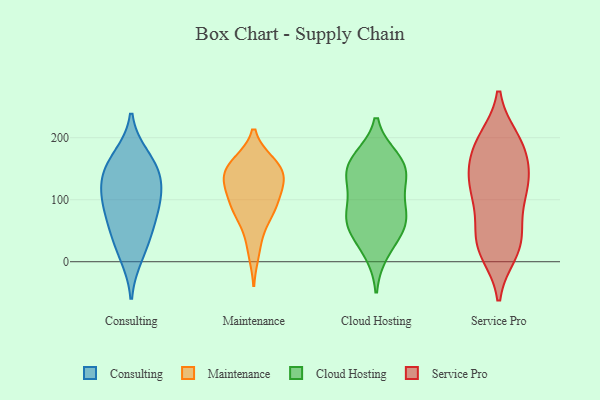
{"axis": {"x": "Market Share (%)", "y": "Value"}, "legend": ["Cloud Hosting", "Consulting", "Maintenance", "Service Pro"], "data": [{"x": "", "y": 141, "type": "Consulting"}, {"x": "", "y": 169, "type": "Consulting"}, {"x": "", "y": 84, "type": "Consulting"}, {"x": "", "y": 132, "type": "Consulting"}, {"x": "", "y": 38, "type": "Consulting"}, {"x": "", "y": 10, "type": "Consulting"}, {"x": "", "y": 59, "type": "Consulting"}, {"x": "", "y": 107, "type": "Consulting"}, {"x": "", "y": 156, "type": "Consulting"}, {"x": "", "y": 97, "type": "Consulting"}, {"x": "", "y": 156, "type": "Maintenance"}, {"x": "", "y": 14, "type": "Maintenance"}, {"x": "", "y": 88, "type": "Maintenance"}, {"x": "", "y": 48, "type": "Maintenance"}, {"x": "", "y": 160, "type": "Maintenance"}, {"x": "", "y": 87, "type": "Maintenance"}, {"x": "", "y": 153, "type": "Maintenance"}, {"x": "", "y": 127, "type": "Maintenance"}, {"x": "", "y": 128, "type": "Maintenance"}, {"x": "", "y": 138, "type": "Maintenance"}, {"x": "", "y": 116, "type": "Maintenance"}, {"x": "", "y": 129, "type": "Maintenance"}, {"x": "", "y": 82, "type": "Maintenance"}, {"x": "", "y": 85, "type": "Maintenance"}, {"x": "", "y": 159, "type": "Maintenance"}, {"x": "", "y": 17, "type": "Cloud Hosting"}, {"x": "", "y": 50, "type": "Cloud Hosting"}, {"x": "", "y": 72, "type": "Cloud Hosting"}, {"x": "", "y": 154, "type": "Cloud Hosting"}, {"x": "", "y": 70, "type": "Cloud Hosting"}, {"x": "", "y": 131, "type": "Cloud Hosting"}, {"x": "", "y": 165, "type": "Cloud Hosting"}, {"x": "", "y": 158, "type": "Cloud Hosting"}, {"x": "", "y": 61, "type": "Cloud Hosting"}, {"x": "", "y": 140, "type": "Cloud Hosting"}, {"x": "", "y": 95, "type": "Cloud Hosting"}, {"x": "", "y": 115, "type": "Service Pro"}, {"x": "", "y": 134, "type": "Service Pro"}, {"x": "", "y": 173, "type": "Service Pro"}, {"x": "", "y": 183, "type": "Service Pro"}, {"x": "", "y": 27, "type": "Service Pro"}, {"x": "", "y": 197, "type": "Service Pro"}, {"x": "", "y": 58, "type": "Service Pro"}, {"x": "", "y": 132, "type": "Service Pro"}, {"x": "", "y": 26, "type": "Service Pro"}, {"x": "", "y": 20, "type": "Service Pro"}, {"x": "", "y": 144, "type": "Service Pro"}, {"x": "", "y": 100, "type": "Service Pro"}, {"x": "", "y": 197, "type": "Service Pro"}, {"x": "", "y": 98, "type": "Service Pro"}, {"x": "", "y": 15, "type": "Service Pro"}, {"x": "", "y": 191, "type": "Service Pro"}, {"x": "", "y": 134, "type": "Service Pro"}, {"x": "", "y": 45, "type": "Service Pro"}]}